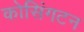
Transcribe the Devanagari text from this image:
कोसिंगटन